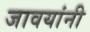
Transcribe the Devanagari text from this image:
जावयांनी